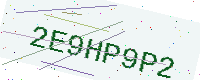
Text: 2E9HP9P2